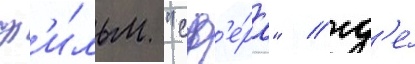
ф'и́льм "сф'е́ра" / гд'е́